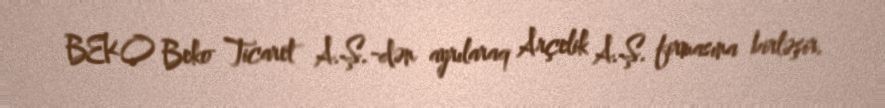
BEKO Beko Ticaret A.Ş.-dən ayrılaraq Arçelik A.Ş. firmasına birləşir.